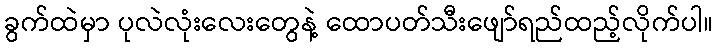
ခွက်ထဲမှာ ပုလဲလုံးလေးတွေနဲ့ ထောပတ်သီးဖျော်ရည်ထည့်လိုက်ပါ။